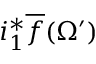
i _ { 1 } ^ { * } { \overline { { f } } } ( \Omega ^ { \prime } )